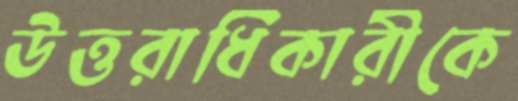
উত্তরাধিকারীকে